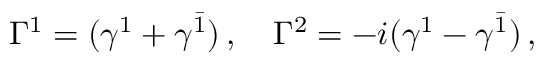
\Gamma ^ { 1 } = ( \gamma ^ { 1 } + \gamma ^ { \bar { 1 } } ) \, , \quad \Gamma ^ { 2 } = - i ( \gamma ^ { 1 } - \gamma ^ { \bar { 1 } } ) \, ,